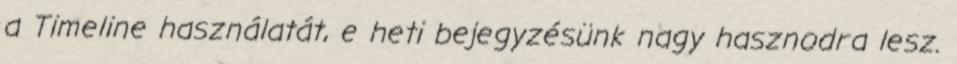
a Timeline használatát, e heti bejegyzésünk nagy hasznodra lesz.